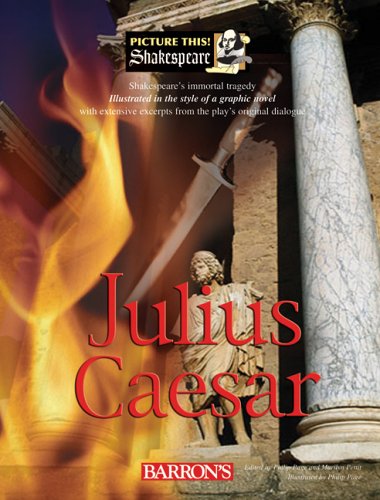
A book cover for Julius Caesar (Picture This! Shakespeare); Christina Lacie; Literature & Fiction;